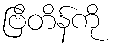
ဗြိတိန်ကို